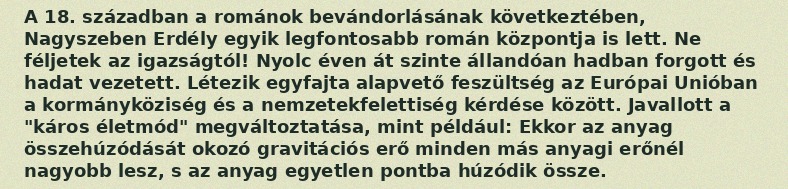
A 18. században a románok bevándorlásának következtében, Nagyszeben Erdély egyik legfontosabb román központja is lett. Ne féljetek az igazságtól! Nyolc éven át szinte állandóan hadban forgott és hadat vezetett. Létezik egyfajta alapvető feszültség az Európai Unióban a kormányköziség és a nemzetekfelettiség kérdése között. Javallott a "káros életmód" megváltoztatása, mint például: Ekkor az anyag összehúzódását okozó gravitációs erő minden más anyagi erőnél nagyobb lesz, s az anyag egyetlen pontba húzódik össze.